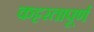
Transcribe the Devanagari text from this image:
कट्टरतापूर्ण